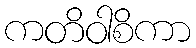
ကတိဝါစိကာ